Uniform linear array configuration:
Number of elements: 32
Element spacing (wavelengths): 1
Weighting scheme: hamming
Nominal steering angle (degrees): -30
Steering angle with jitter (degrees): -30.949
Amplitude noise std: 0.05
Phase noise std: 0.05

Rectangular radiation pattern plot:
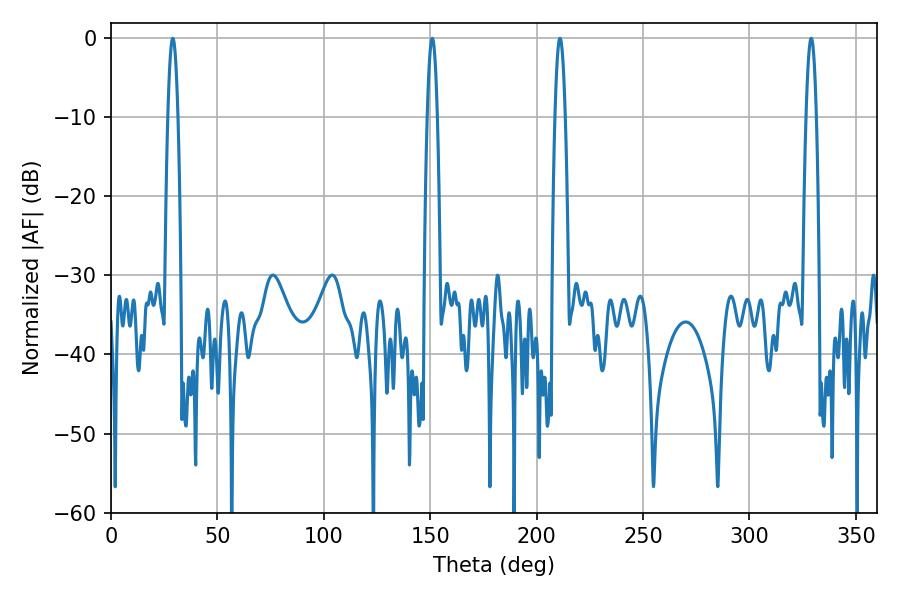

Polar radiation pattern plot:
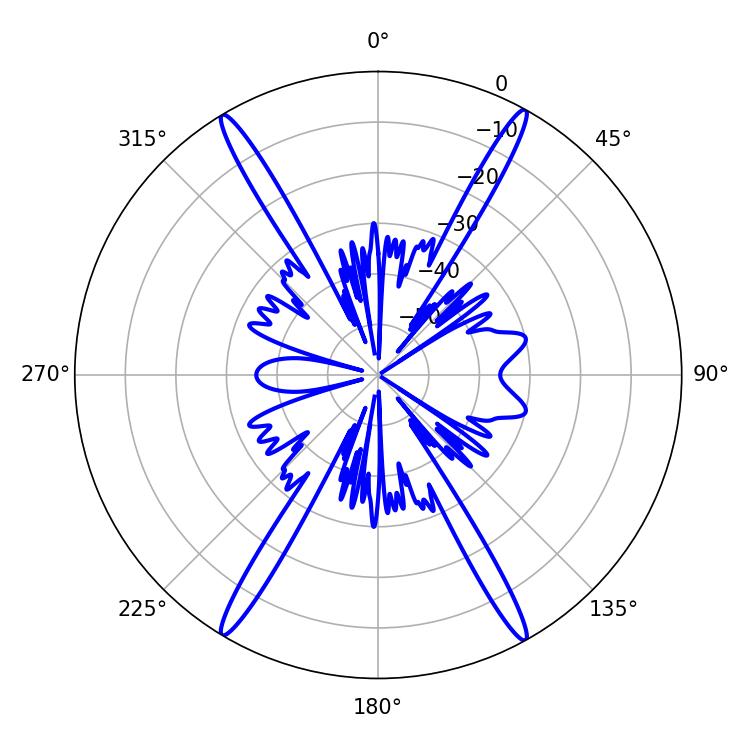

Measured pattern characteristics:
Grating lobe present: TRUE
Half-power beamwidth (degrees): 2.52
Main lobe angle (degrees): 329.04